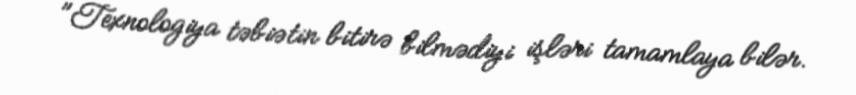
"Texnologiya təbiətin bitirə bilmədiyi işləri tamamlaya bilər.